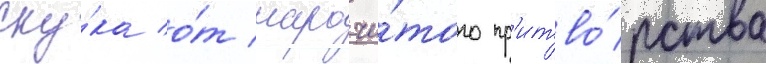
ску́ка о́т нарочи́того пр'итво́рства